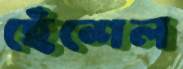
হেঁশেল